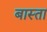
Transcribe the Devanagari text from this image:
बास्ता